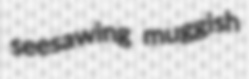
seesawing muggish